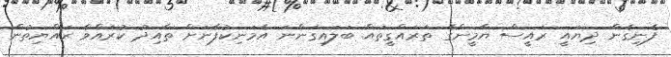
ފެނިގެން ދިޔައީ ރައީސް ޔާމީންގެ ތަރައްގީތައް ބަލައިގަންނަ އެމަނިކުފާނަށް ތާއިދު ކުރައްވާ ރައްޔިތުން